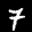
Label: 7